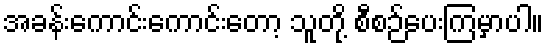
အခန်းကောင်းကောင်းတော့ သူတို့ စီစဉ်ပေးကြမှာပါ။